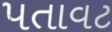
પતાવટ